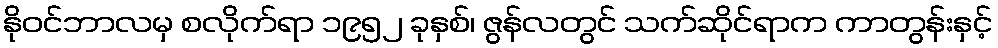
နိုဝင်ဘာလမှ စလိုက်ရာ ၁၉၅၂ ခုနှစ်၊ ဇွန်လတွင် သက်ဆိုင်ရာက ကာတွန်းနှင့်